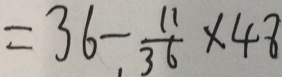
= 3 6 - \frac { 1 1 } { 3 6 } \times 4 8